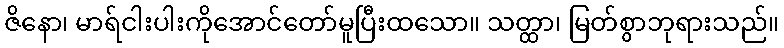
ဇိနော၊ မာရ်ငါးပါးကိုအောင်တော်မူပြီးထသော။ သတ္ထာ၊ မြတ်စွာဘုရားသည်။